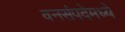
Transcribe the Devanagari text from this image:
वनसंपदेमध्ये